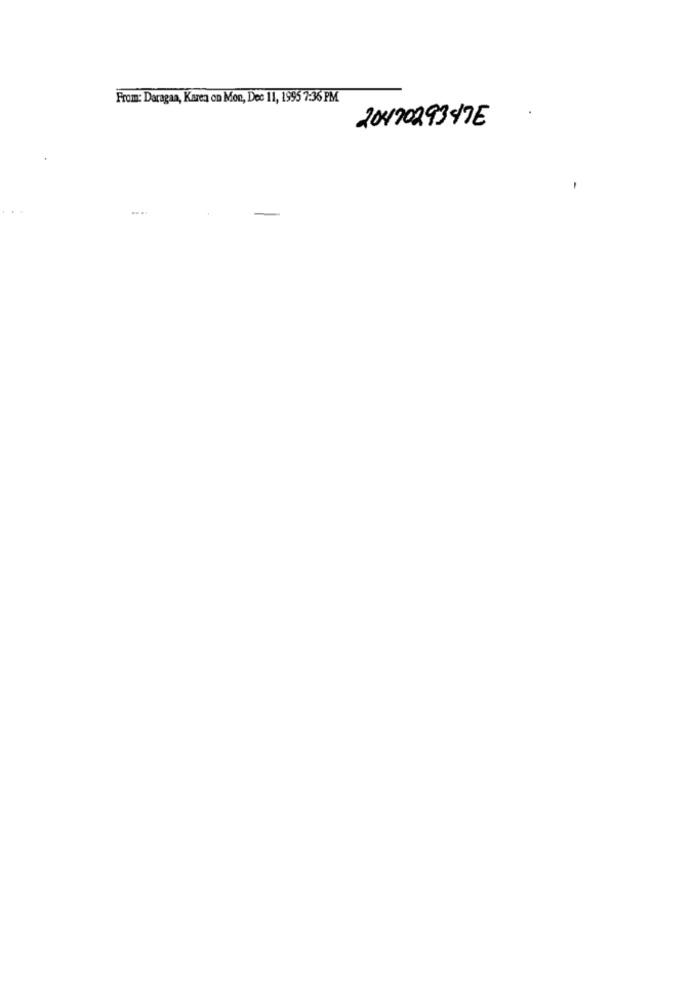
From: Daragaa, Karen on Mon, Dec 11, 1995 7:36 PM
2047029347E
-